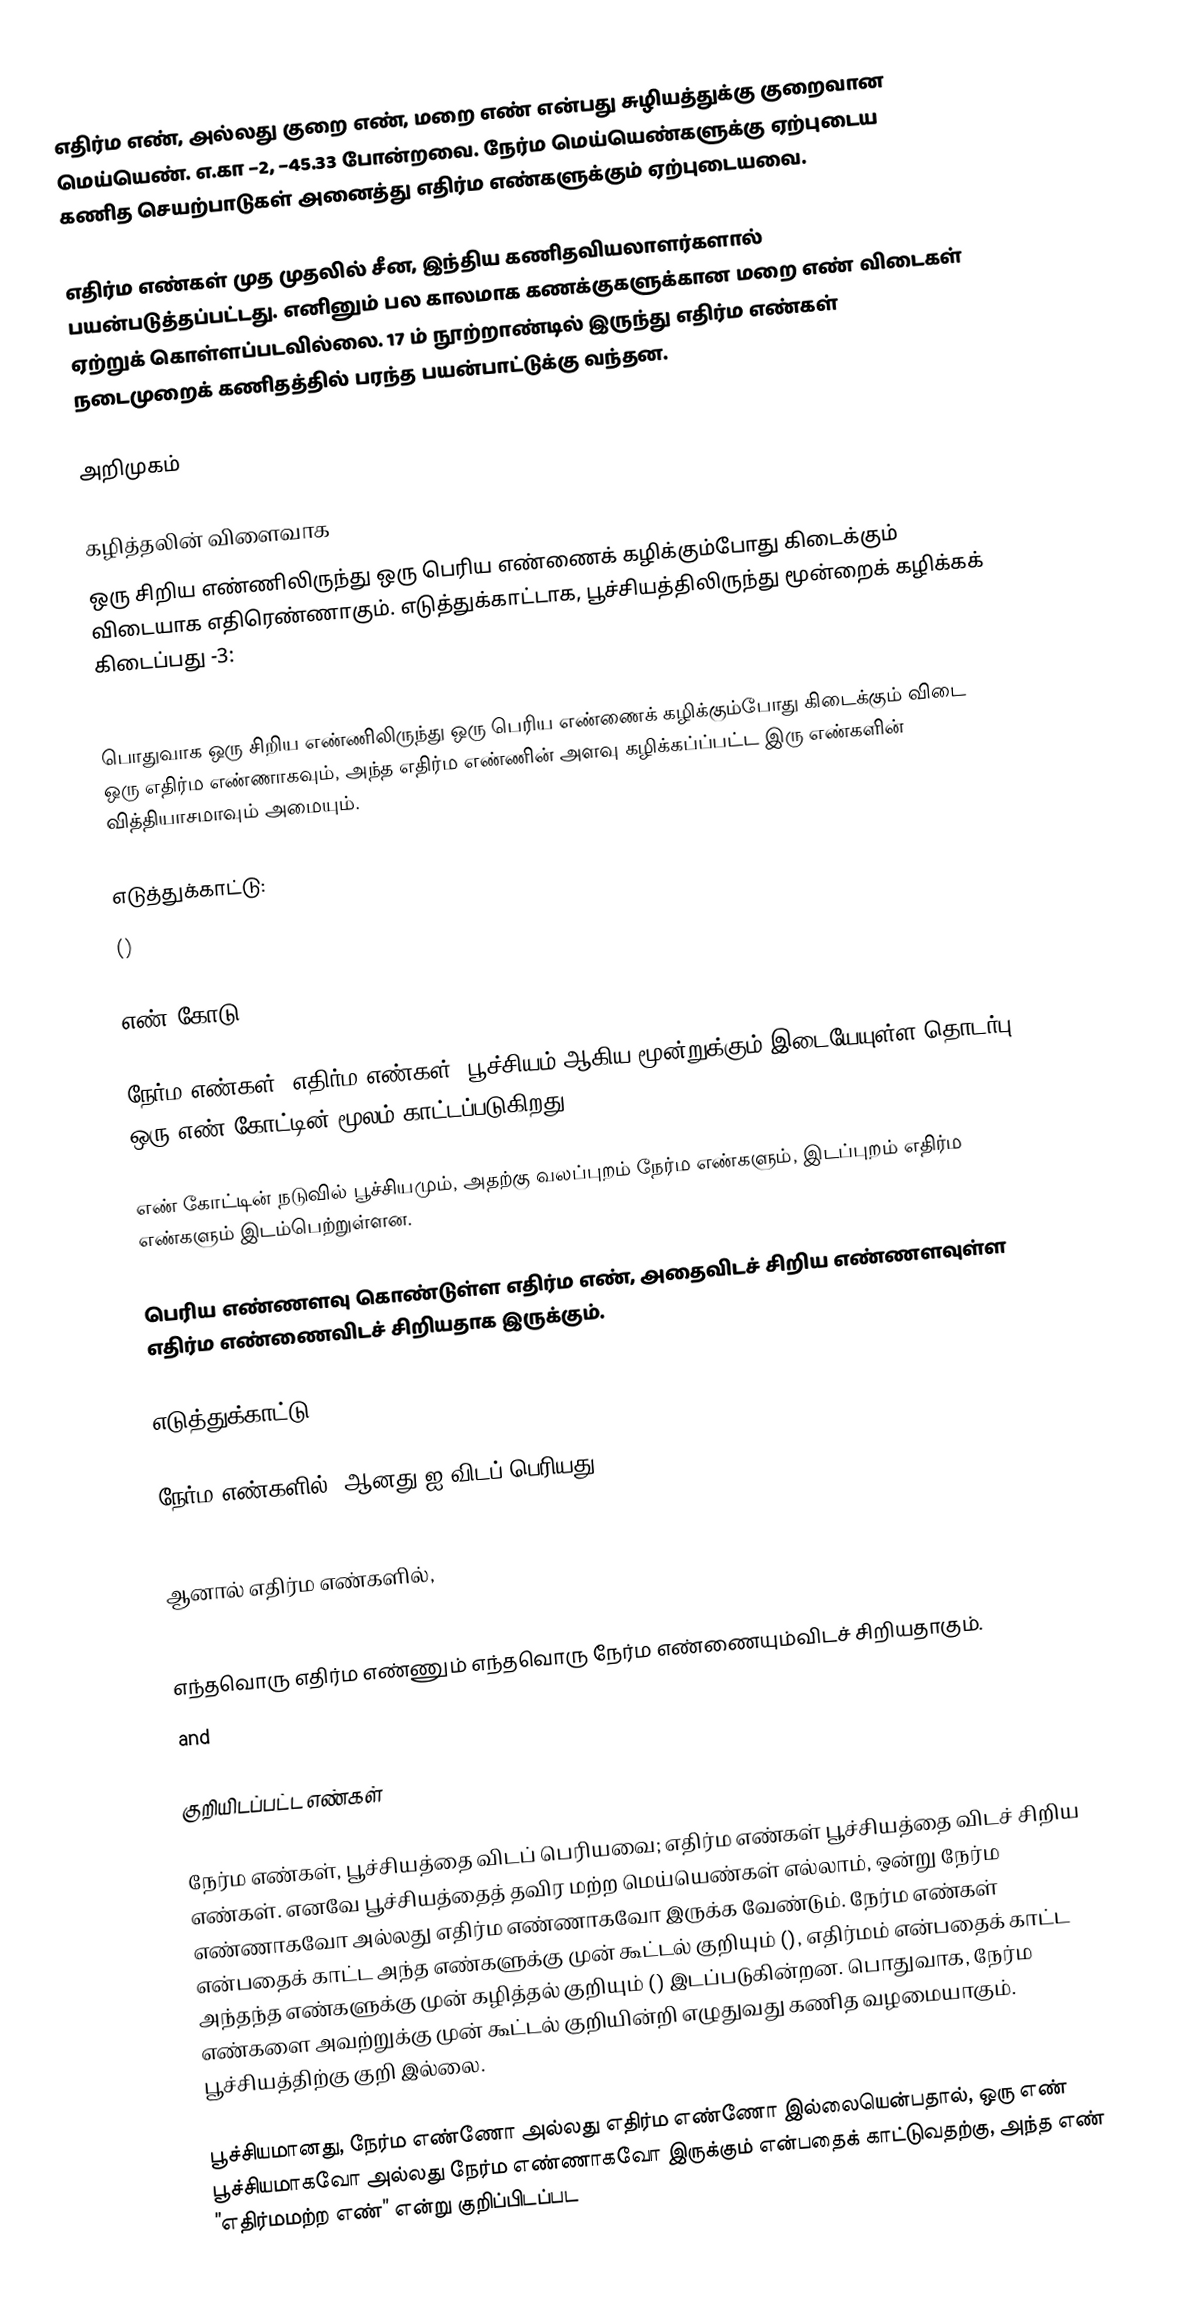
எதிர்ம எண், அல்லது குறை எண், மறை எண் என்பது சுழியத்துக்கு குறைவான மெய்யெண். எ.கா −2, −45.33 போன்றவை. நேர்ம மெய்யெண்களுக்கு ஏற்புடைய கணித செயற்பாடுகள் அனைத்து எதிர்ம எண்களுக்கும் ஏற்புடையவை.

எதிர்ம எண்கள் முத முதலில் சீன, இந்திய கணிதவியலாளர்களால் பயன்படுத்தப்பட்டது. எனினும் பல காலமாக கணக்குகளுக்கான மறை எண் விடைகள் ஏற்றுக் கொள்ளப்படவில்லை. 17 ம் நூற்றாண்டில் இருந்து எதிர்ம எண்கள் நடைமுறைக் கணிதத்தில் பரந்த பயன்பாட்டுக்கு வந்தன.

அறிமுகம்

கழித்தலின் விளைவாக
ஒரு சிறிய எண்ணிலிருந்து ஒரு பெரிய எண்ணைக் கழிக்கும்போது கிடைக்கும் விடையாக எதிரெண்ணாகும். எடுத்துக்காட்டாக, பூச்சியத்திலிருந்து மூன்றைக் கழிக்கக் கிடைப்பது -3:

பொதுவாக ஒரு சிறிய எண்ணிலிருந்து ஒரு பெரிய எண்ணைக் கழிக்கும்போது கிடைக்கும் விடை ஒரு எதிர்ம எண்ணாகவும், அந்த எதிர்ம எண்ணின் அளவு கழிக்கப்ப்பட்ட இரு எண்களின் வித்தியாசமாவும் அமையும்.

எடுத்துக்காட்டு:
  ()

எண் கோடு

நேர்ம எண்கள், எதிர்ம எண்கள், பூச்சியம் ஆகிய மூன்றுக்கும் இடையேயுள்ள தொடர்பு, ஒரு எண் கோட்டின் மூலம் காட்டப்படுகிறது.

எண் கோட்டின் நடுவில் பூச்சியமும், அதற்கு வலப்புறம் நேர்ம எண்களும், இடப்புறம் எதிர்ம எண்களும் இடம்பெற்றுள்ளன.

பெரிய எண்ணளவு கொண்டுள்ள எதிர்ம எண், அதைவிடச் சிறிய எண்ணளவுள்ள எதிர்ம எண்ணைவிடச் சிறியதாக இருக்கும்.

எடுத்துக்காட்டு:

நேர்ம எண்களில்,   ஆனது  ஐ விடப் பெரியது

ஆனால் எதிர்ம எண்களில்,

எந்தவொரு எதிர்ம எண்ணும் எந்தவொரு நேர்ம எண்ணையும்விடச் சிறியதாகும்.
   and

குறியிடப்பட்ட எண்கள்

நேர்ம எண்கள், பூச்சியத்தை விடப் பெரியவை; எதிர்ம எண்கள் பூச்சியத்தை விடச் சிறிய எண்கள். எனவே பூச்சியத்தைத் தவிர மற்ற மெய்யெண்கள் எல்லாம், ஒன்று நேர்ம எண்ணாகவோ அல்லது எதிர்ம எண்ணாகவோ இருக்க வேண்டும். நேர்ம எண்கள் என்பதைக் காட்ட அந்த எண்களுக்கு முன் கூட்டல் குறியும் (), எதிர்மம் என்பதைக் காட்ட அந்தந்த எண்களுக்கு முன் கழித்தல் குறியும் () இடப்படுகின்றன. பொதுவாக, நேர்ம எண்களை அவற்றுக்கு முன் கூட்டல் குறியின்றி எழுதுவது கணித வழமையாகும். பூச்சியத்திற்கு குறி இல்லை.

பூச்சியமானது, நேர்ம எண்ணோ அல்லது எதிர்ம எண்ணோ இல்லையென்பதால், ஒரு எண் பூச்சியமாகவோ அல்லது நேர்ம எண்ணாகவோ இருக்கும் என்பதைக் காட்டுவதற்கு, அந்த எண் ”எதிர்மமற்ற எண்” என்று குறிப்பிடப்பட